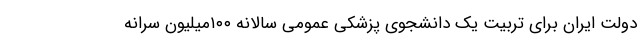
دولت ایران برای تربیت یک دانشجوی پزشکی عمومی سالانه ۱۰۰میلیون سرانه